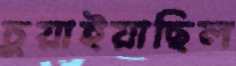
চুয়াইয়াছিল